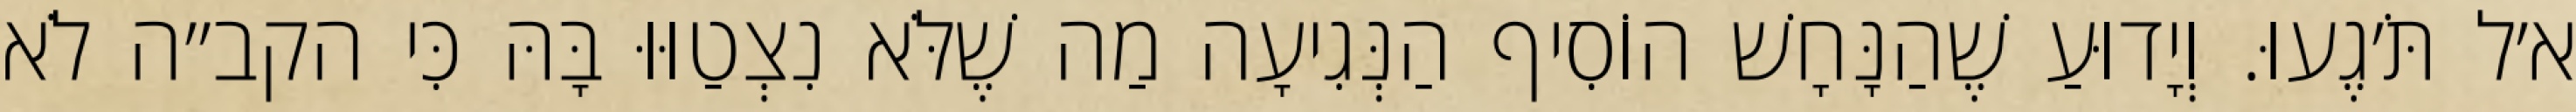
א׳ל תֹּ׳גֶעוּ. וְיָדוּעַ שֶׁהַנָּחָשׁ הוֹסִיף הַנְּגִיעָה מַה שֶׁלֹּא נִצְטַוּוּ בָּהּ כִּי הקב״ה לֹא